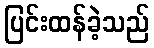
ပြင်းထန်ခဲ့သည်